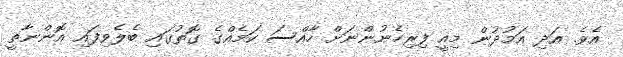
އެވެ. އަދި އަމުދުން މިއީ ފިރިހެނުންނަށް ހާއްސަ ކަމެއްގެ ގޮތުގައި ބެލެވިފައި އޮންނާތީ